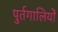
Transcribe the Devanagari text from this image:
पुर्तगालियोें